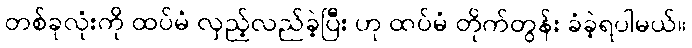
တစ်ခုလုံးကို ထပ်မံ လှည့်လည်ခဲ့ပြီး ဟု ထပ်မံ တိုက်တွန်း ခံခဲ့ရပါမယ်။